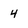
Character: 4